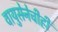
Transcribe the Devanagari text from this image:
वायुसेनेचीही